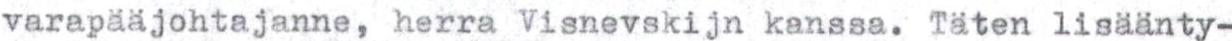
varapääjohtajanne, herra Visnevskijn kanssa. Täten lisäänty-